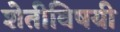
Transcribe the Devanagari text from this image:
शेतीविषयी